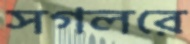
সগলরে